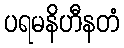
ပရမနိဟီနတံ